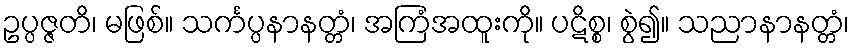
ဥပ္ပဇ္ဇတိ၊ မဖြစ်။ သင်္ကပ္ပနာနတ္တံ၊ အကြံအထူးကို။ ပဋိစ္စ၊ စွဲ၍။ သညာနာနတ္တံ၊